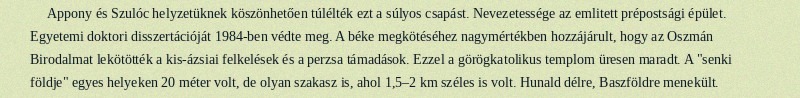
Appony és Szulóc helyzetüknek köszönhetően túlélték ezt a súlyos csapást. Nevezetessége az emlitett prépostsági épület. Egyetemi doktori disszertációját 1984-ben védte meg. A béke megkötéséhez nagymértékben hozzájárult, hogy az Oszmán Birodalmat lekötötték a kis-ázsiai felkelések és a perzsa támadások. Ezzel a görögkatolikus templom üresen maradt. A "senki földje" egyes helyeken 20 méter volt, de olyan szakasz is, ahol 1,5–2 km széles is volt. Hunald délre, Baszföldre menekült.